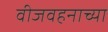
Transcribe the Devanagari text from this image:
वीजवहनाच्या